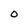
Character: O